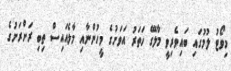
މިވޯޓު ލުމުގައި ބައިވެރިވީ މާލޭގެ ހަތަރު އަވަށުގެ މީހުންނާއި މާލެއައިސް ތިބި ރަށްރަށުގެ